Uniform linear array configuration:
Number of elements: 24
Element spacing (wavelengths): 0.25
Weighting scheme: hann
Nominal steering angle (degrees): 15
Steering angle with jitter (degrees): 15.397
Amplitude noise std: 0.05
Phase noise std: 0.05

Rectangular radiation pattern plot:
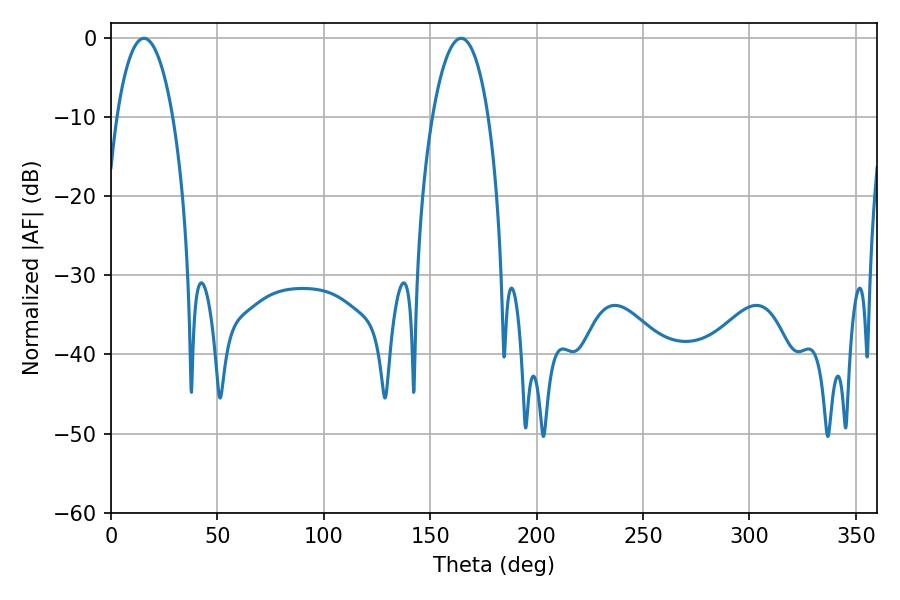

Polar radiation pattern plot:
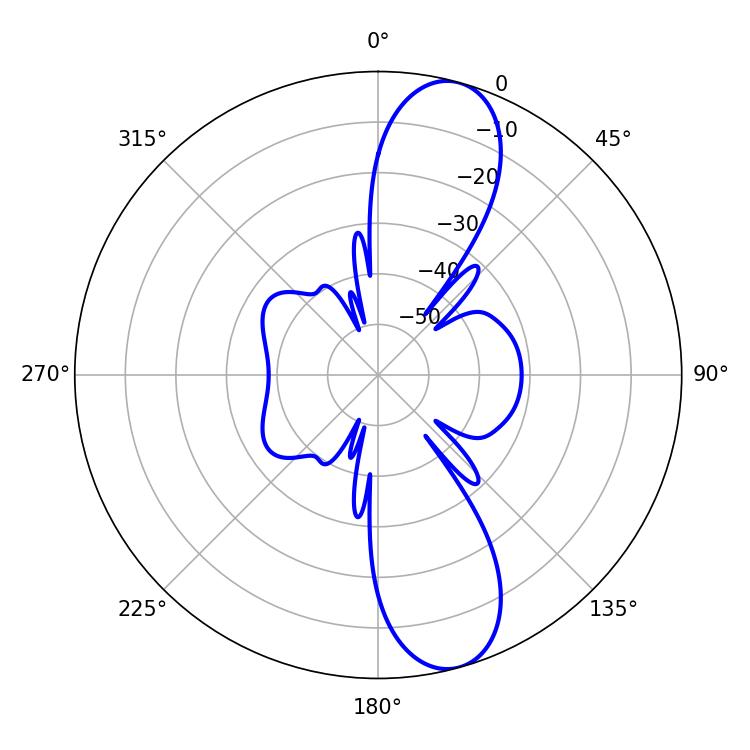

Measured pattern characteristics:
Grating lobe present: FALSE
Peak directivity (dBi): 11.338
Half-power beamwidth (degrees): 14.76
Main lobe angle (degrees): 15.48